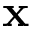
\mathbf { x }